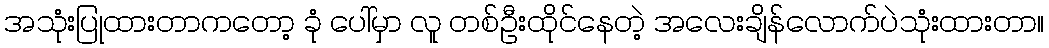
အသုံးပြုထားတာကတော့ ခုံ ပေါ်မှာ လူ တစ်ဦးထိုင်နေတဲ့ အလေးချိန်လောက်ပဲသုံးထားတာ။